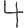
Digit: 4